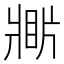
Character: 𤖎